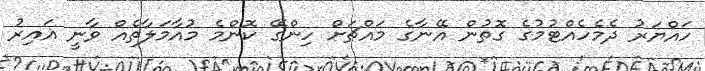
ހައްޔަރު ދެމެހެއްޓުމުގެ ގޮތުން އޭނާގެ މައްޗަށް ހިންގޭ ކޮންމެ މުއާމަލާތެއް ވާނީ ޣައިރު